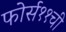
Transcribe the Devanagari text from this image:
फोर्स११ची